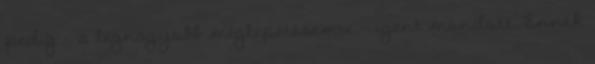
pedig - a legnagyobb meglepetésemre - igent mondott. Ennek